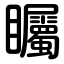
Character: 矚